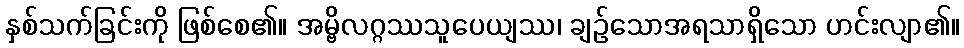
နှစ်သက်ခြင်းကို ဖြစ်စေ၏။ အမ္ဗိလဂ္ဂဿသူပေယျဿ၊ ချဉ်သောအရသာရှိသော ဟင်းလျာ၏။